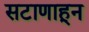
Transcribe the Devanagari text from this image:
सटाणाहून